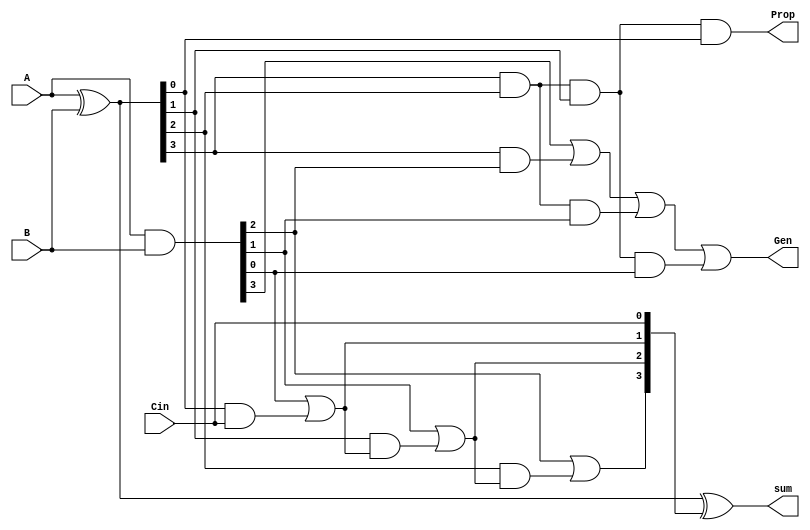
module cla_4bit(A, B, Cin, sum, Gen, Prop);
    input [3:0] A,B;
    input Cin;
    output [3:0] sum;
    output Gen, Prop;

    wire [3:0] G;
    wire [3:0] P;
    wire [3:0] C;

    assign G = A & B;
    assign P = A ^ B;

    assign C[0] = Cin;
    assign C[1] = G[0] | (P[0] & C[0]);
    assign C[2] = G[1] | (P[1] & C[1]);
    assign C[3] = G[2] | (P[2] & C[2]);

    assign sum = P ^ C;
    
    assign Prop = P[3] & P[2] & P[1] & P[0];
    assign Gen = G[3] | (P[3] & G[2]) | (P[3] & P[2] & G[1]) | (P[3] & P[2] & P[1] & G[0]);

endmodule